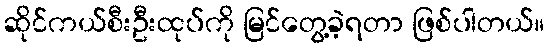
ဆိုင်ကယ်စီးဦးထုပ်ကို မြင်တွေ့ခဲ့ရတာ ဖြစ်ပါတယ်။